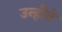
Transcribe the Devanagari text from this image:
उन्होॆने